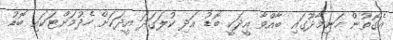
އެގޮތުން ހަނިމާދޫގައި ބާއްވާ އީދަކީ ބޮޑު އަދި ކުލަގަދަ އީދަކަށް ހެދުމަށްޓަކައި ބޮޑު